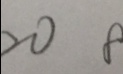
2 0 8